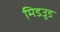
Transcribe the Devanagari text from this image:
मिडउुड